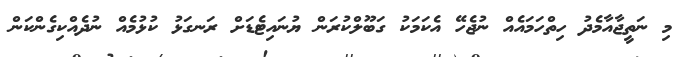
މި ނަތީޖާއާމެދު ހިތްހަމައެއް ނުޖެހޭ އެކަމަކު ގަބޫލްކުރަން ޔުނައިޓެޑަށް ރަނގަޅު ކުޅުމެއް ނުދެއްކިގެންކަން